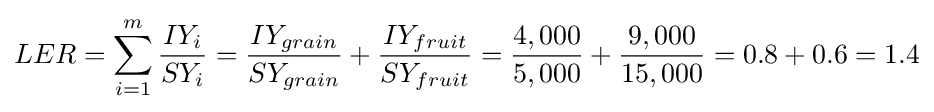
LER=\sum _{i=1}^{m}{\frac {IY_{i}}{SY_{i}}}={\frac {IY_{grain}}{SY_{grain}}}+{\frac {IY_{fruit}}{SY_{fruit}}}={\frac {4,000}{5,000}}+{\frac {9,000}{15,000}}=0.8+0.6=1.4